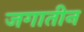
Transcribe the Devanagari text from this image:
जगातीन